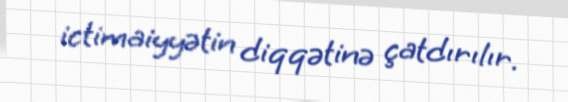
ictimaiyyətin diqqətinə çatdırılır.